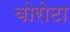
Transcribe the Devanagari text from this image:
वोरोटा